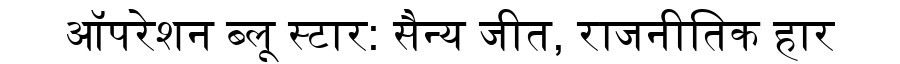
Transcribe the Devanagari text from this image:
ऑपरेशन ब्लू स्टार: सैन्य जीत, राजनीतिक हार